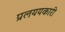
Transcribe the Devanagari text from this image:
प्रलययकारी